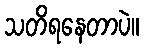
သတိရနေတာပဲ။